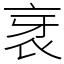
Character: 衺